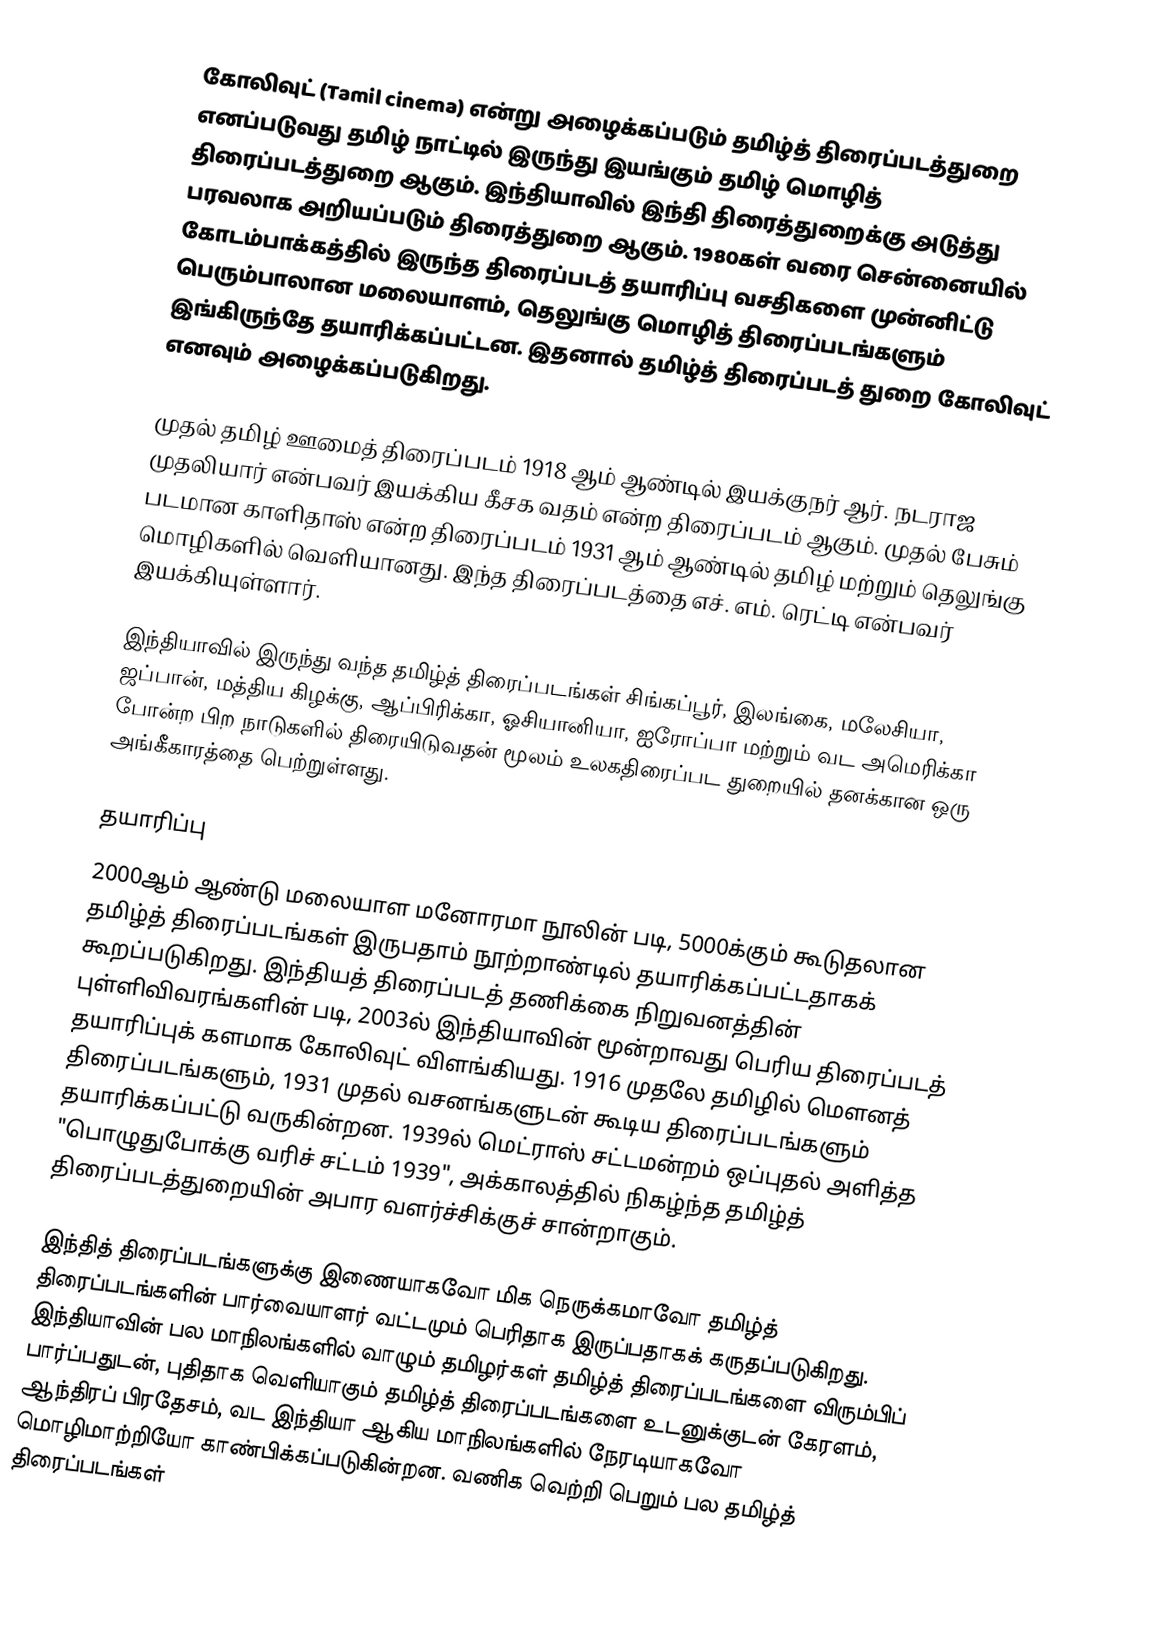
கோலிவுட் (Tamil cinema) என்று அழைக்கப்படும்  தமிழ்த் திரைப்படத்துறை எனப்படுவது தமிழ் நாட்டில் இருந்து இயங்கும் தமிழ் மொழித் திரைப்படத்துறை ஆகும். இந்தியாவில் இந்தி திரைத்துறைக்கு அடுத்து பரவலாக அறியப்படும் திரைத்துறை ஆகும். 1980கள் வரை சென்னையில் கோடம்பாக்கத்தில் இருந்த திரைப்படத் தயாரிப்பு வசதிகளை முன்னிட்டு பெரும்பாலான மலையாளம், தெலுங்கு மொழித் திரைப்படங்களும் இங்கிருந்தே தயாரிக்கப்பட்டன. இதனால் தமிழ்த் திரைப்படத் துறை கோலிவுட் எனவும் அழைக்கப்படுகிறது.

முதல் தமிழ் ஊமைத் திரைப்படம் 1918 ஆம் ஆண்டில் இயக்குநர் ஆர். நடராஜ முதலியார் என்பவர் இயக்கிய கீசக வதம் என்ற திரைப்படம் ஆகும். முதல் பேசும் படமான காளிதாஸ் என்ற திரைப்படம் 1931 ஆம் ஆண்டில் தமிழ் மற்றும் தெலுங்கு மொழிகளில் வெளியானது. இந்த திரைப்படத்தை எச். எம். ரெட்டி என்பவர் இயக்கியுள்ளார்.

இந்தியாவில் இருந்து வந்த தமிழ்த் திரைப்படங்கள் சிங்கப்பூர், இலங்கை, மலேசியா, ஜப்பான், மத்திய கிழக்கு, ஆப்பிரிக்கா, ஓசியானியா, ஐரோப்பா மற்றும் வட அமெரிக்கா போன்ற பிற நாடுகளில் திரையிடுவதன் மூலம் உலகதிரைப்பட துறையில் தனக்கான ஒரு அங்கீகாரத்தை பெற்றுள்ளது.

தயாரிப்பு
2000ஆம் ஆண்டு மலையாள மனோரமா  நூலின் படி, 5000க்கும் கூடுதலான தமிழ்த் திரைப்படங்கள் இருபதாம் நூற்றாண்டில் தயாரிக்கப்பட்டதாகக் கூறப்படுகிறது. இந்தியத் திரைப்படத் தணிக்கை நிறுவனத்தின் புள்ளிவிவரங்களின் படி, 2003ல் இந்தியாவின் மூன்றாவது பெரிய திரைப்படத் தயாரிப்புக் களமாக கோலிவுட் விளங்கியது. 1916 முதலே தமிழில் மௌனத் திரைப்படங்களும், 1931 முதல் வசனங்களுடன் கூடிய திரைப்படங்களும் தயாரிக்கப்பட்டு வருகின்றன. 1939ல் மெட்ராஸ் சட்டமன்றம் ஒப்புதல் அளித்த "பொழுதுபோக்கு வரிச் சட்டம் 1939", அக்காலத்தில் நிகழ்ந்த தமிழ்த் திரைப்படத்துறையின் அபார வளர்ச்சிக்குச் சான்றாகும்.

இந்தித் திரைப்படங்களுக்கு இணையாகவோ மிக நெருக்கமாவோ தமிழ்த் திரைப்படங்களின் பார்வையாளர் வட்டமும் பெரிதாக இருப்பதாகக் கருதப்படுகிறது. இந்தியாவின் பல மாநிலங்களில் வாழும் தமிழர்கள் தமிழ்த் திரைப்படங்களை விரும்பிப் பார்ப்பதுடன், புதிதாக வெளியாகும் தமிழ்த் திரைப்படங்களை உடனுக்குடன் கேரளம், ஆந்திரப் பிரதேசம், வட இந்தியா ஆகிய மாநிலங்களில் நேரடியாகவோ மொழிமாற்றியோ காண்பிக்கப்படுகின்றன. வணிக வெற்றி பெறும் பல தமிழ்த் திரைப்படங்கள்